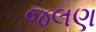
જલણ